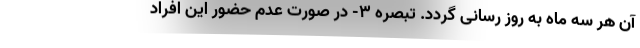
آن هر سه ماه به روز رسانی گردد. تبصره ۳- در صورت عدم حضور این افراد